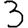
Digit: 3